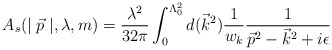
\begin{align*}A_s(\mid \vec p\mid ,\lambda ,m)=\frac{\lambda ^2}{32\pi }\int_0^{\Lambda_0^2}d(\vec k^2)\frac 1{w_k}\frac 1{\vec p^2-\vec k^2+i\epsilon } \end{align*}